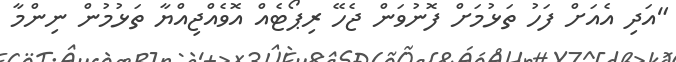
"އަދި އެއަށް ފަހު ތަޅުމަށް ފޮނުވަން ޖެހޭ ރިޕޯޓެއް އޮވެއްޖިއްޔާ ތަޅުމުން ނިންމާ